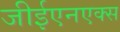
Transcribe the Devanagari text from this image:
जीईएनएक्स